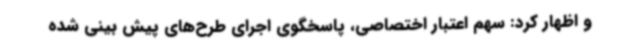
و اظهار کرد: سهم اعتبار اختصاصی، پاسخگوی اجرای طرح‌های پیش بینی شده